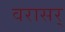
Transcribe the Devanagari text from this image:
वरासर्